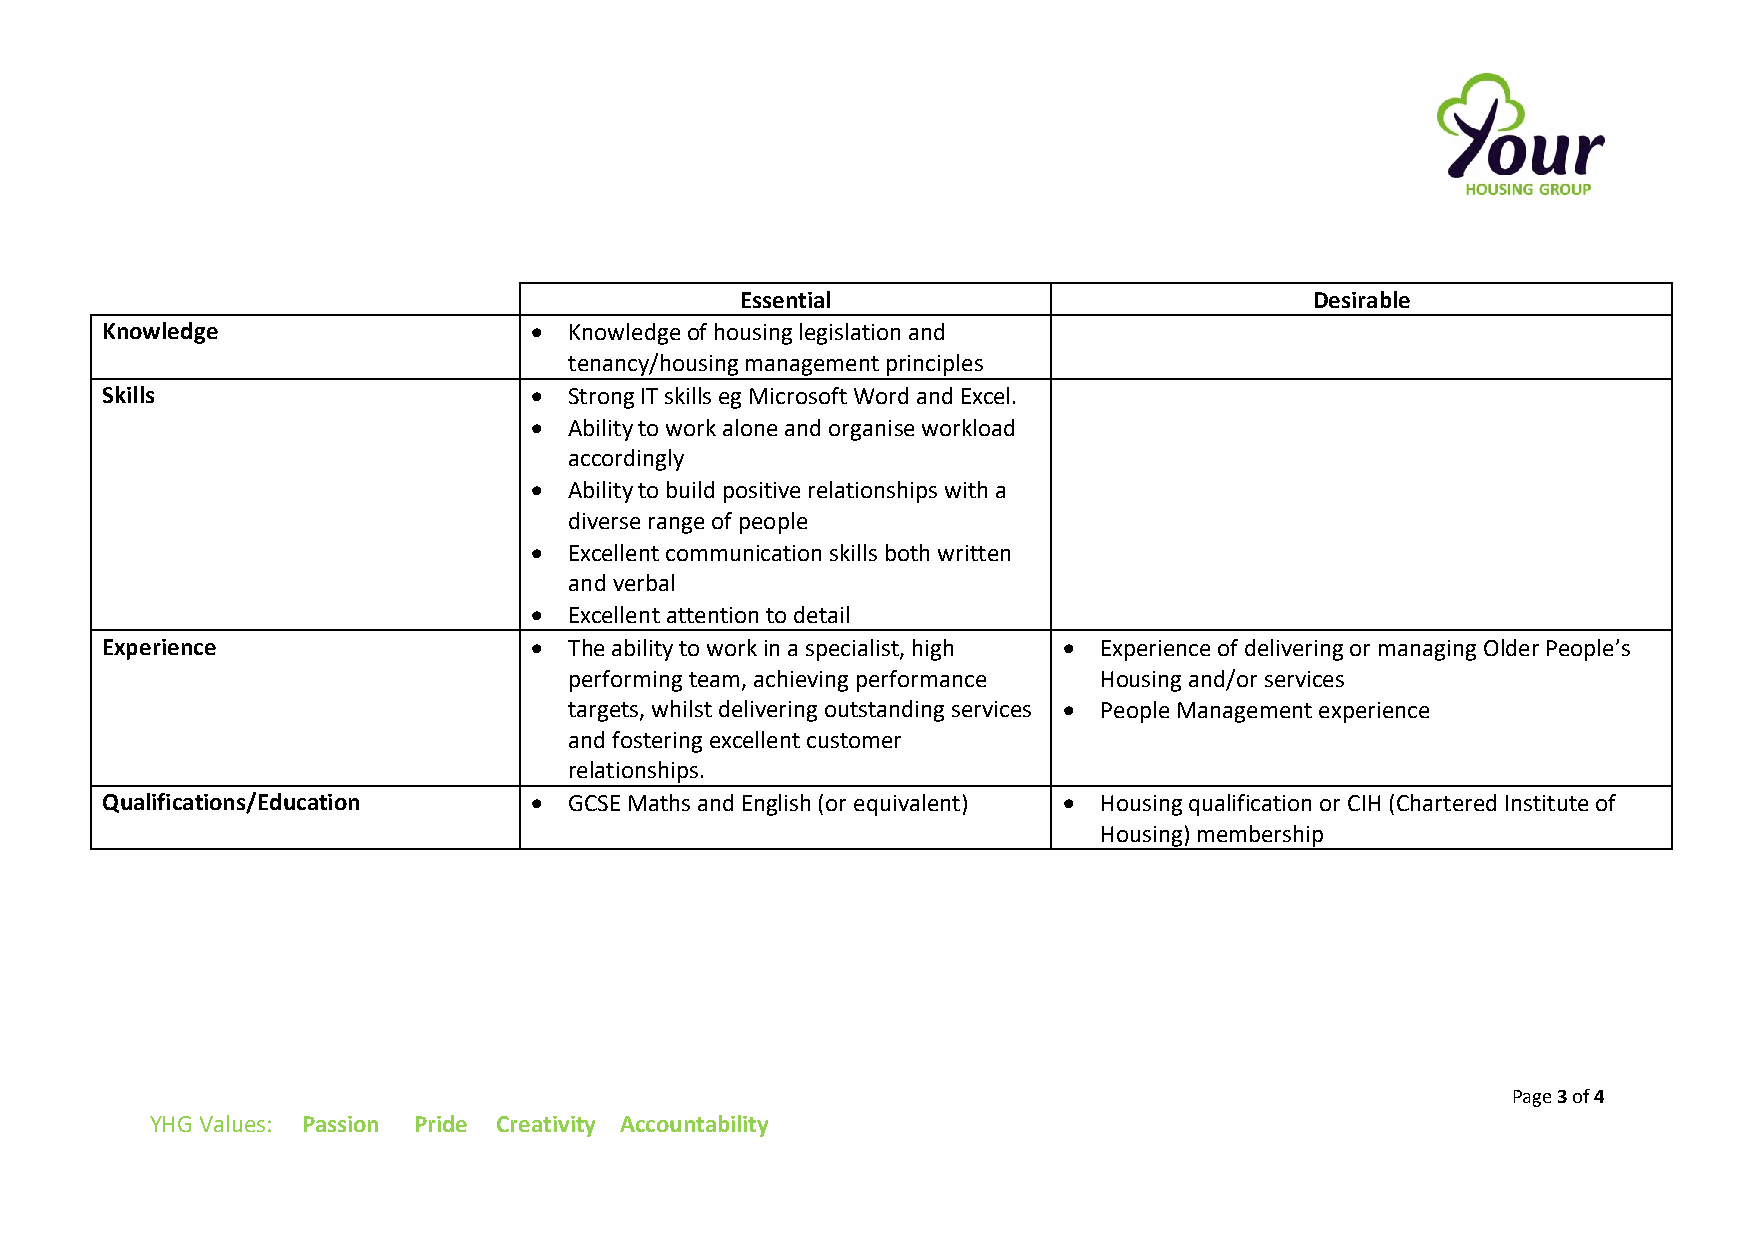
Essential                             Desirable
 Knowledge                   •  Knowledge of housing legislation and
 tenancy/housing management principles
 Skills                      •  Strong IT skills eg Microsoft Word and Excel.
 •  Ability to work alone and organise workload
 accordingly
 •  Ability to build positive relationships with a
 diverse range of people
 •  Excellent communication skills both written
 and verbal
 •  Excellent attention to detail
 Experience                  •  The ability to work in a specialist, high • Experience of delivering or managing Older People’s
 performing team, achieving performance Housing and/or services
 targets, whilst delivering outstanding services • People Management experience
 and fostering excellent customer
 relationships.
 Qualifications/Education    •  GCSE Maths and English (or equivalent) • Housing qualification or CIH (Chartered Institute of
 Housing) membership
 Page 3 of 4
 YHG Values: Passion Pride Creativity Accountability